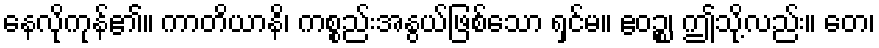
နေလိုကုန်၏။ ကာတိယာနိ၊ ကစ္စည်းအနွယ်ဖြစ်သော ရှင်မ။ ဧဝဉ္စ၊ ဤသို့လည်း။ တေ၊